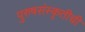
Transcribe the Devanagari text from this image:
पुरुषसंस्कृतीची